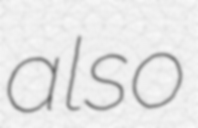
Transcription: also